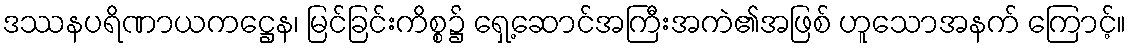
ဒဿနပရိဏာယကဋ္ဌေန၊ မြင်ခြင်းကိစ္စ၌ ရှေ့ဆောင်အကြီးအကဲ၏အဖြစ် ဟူသောအနက် ကြောင့်။